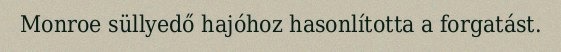
Monroe süllyedő hajóhoz hasonlította a forgatást.